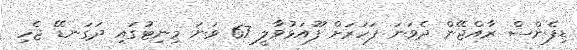
ޑިފެންސް ރާއްޖޭން ދެވަނަ ފަހަރަށް ފޫއަޅުވާލީ 67 ވަނަ މިނިޓުގައި ދަގަނޑޭ ޖެހި